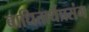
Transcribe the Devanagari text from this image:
बाधितार्थप्रसंग